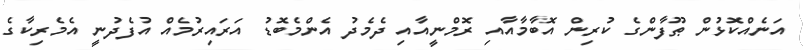
އަނެއްކޮޅުން ޠޫފާންގެ ކުރިން އޮބާމާއާއި ރޮމްނީއާއި ދެމެދު އެންމެބޮޑު އަރައިރުމެއް އުފެދުނީ އެމެރިކާގެ